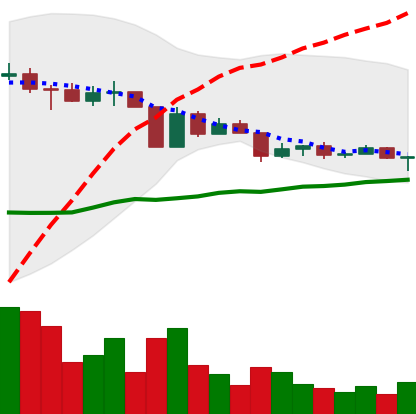
Ticker: ETC-USD
Chart end date: 2022-04-18
Forward return: -6.259%
Label: down_5_7